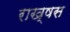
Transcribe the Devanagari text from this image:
राख्षस